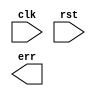
 module proc(clk, rst, err);
    input clk;
    input rst;
    output err;

    // Your Code Here
endmodule